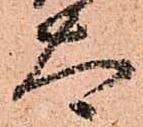
太